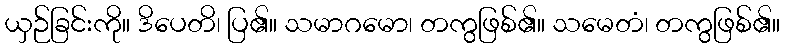
ယှဉ်ခြင်းကို။ ဒိပေတိ၊ ပြ၏။ သမာဂမော၊ တကွဖြစ်၏။ သမေတံ၊ တကွဖြစ်၏။